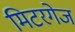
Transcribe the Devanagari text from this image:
मिटरगेज